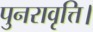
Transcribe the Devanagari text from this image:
पुनरावृत्ति।